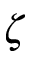
\zeta